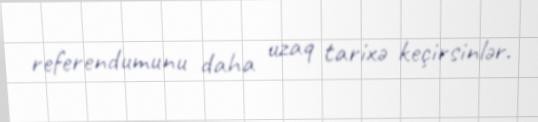
referendumunu daha uzaq tarixə keçirsinlər.